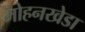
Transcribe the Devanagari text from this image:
मोहनखेडा